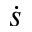
\dot { s }